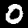
Digit: 0